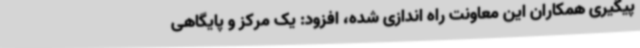
پیگیری همکاران این معاونت راه اندازی شده، افزود: یک مرکز و پایگاهی